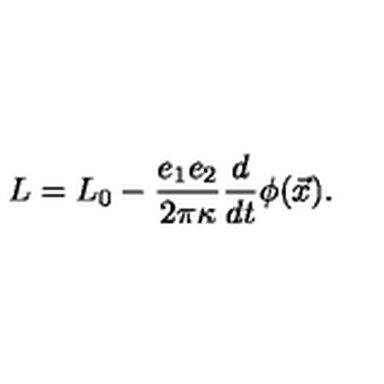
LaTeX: L = L _ { 0 } - { \frac { e _ { 1 } e _ { 2 } } { 2 \pi \kappa } } { \frac { d } { d t } } \phi ( \vec { x } ) .